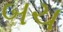
બચ